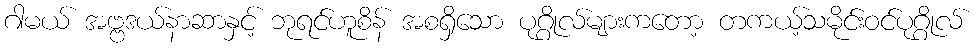
ဂါမယ် အဗ္ဗဒယ်နာဆာနှင့် ဘုရင်ဟူစိန် အစရှိသော ပုဂ္ဂိုလ်များကတော့ တကယ့်သမိုင်းဝင်ပုဂ္ဂိုလ်